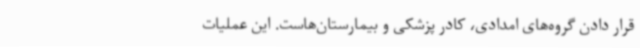
قرار دادن گروه‌های امدادی، کادر پزشکی و بیمارستان‌هاست. این عملیات